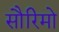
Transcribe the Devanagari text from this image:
सौरिमो